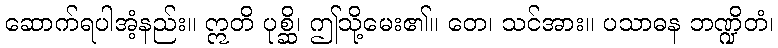
ဆောက်ရပါအံ့နည်း။ ဣတိ ပုစ္ဆိ၊ ဤသို့မေး၏။ တေ၊ သင်အား။ ပသာဓန ဘဏ္ဍိတံ၊